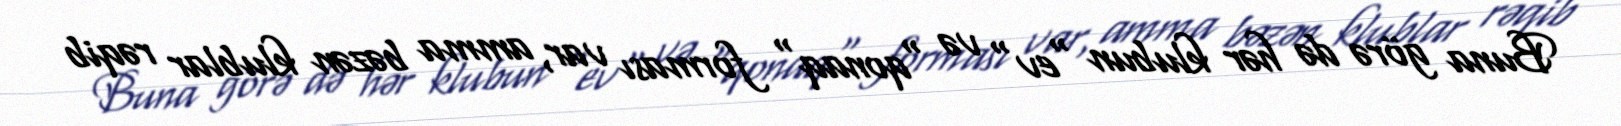
Buna görə də hər klubun "ev" və "qonaq" forması var, amma bəzən klublar rəqib